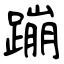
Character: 蹦